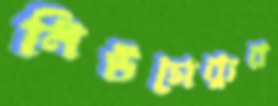
নিউগেব্যুর